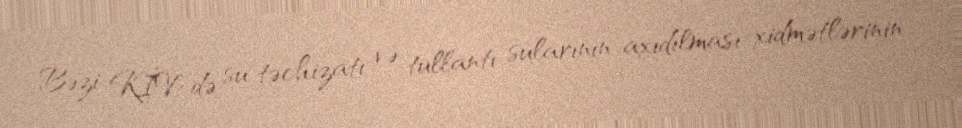
Bəzi KİV-də su təchizatı və tullantı sularının axıdılması xidmətlərinin